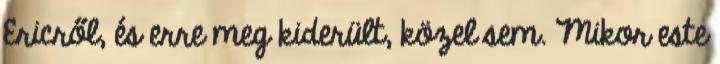
Ericről, és erre meg kiderült, közel sem. Mikor este